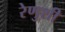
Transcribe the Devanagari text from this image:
रेणुशी